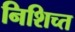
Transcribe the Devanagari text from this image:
निशिच्त